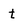
Character: t